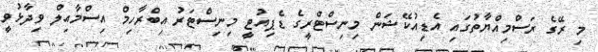
މި ރޭގެ ރަސްމިއްޔާތުގައި އެޑިއުކޭޝަން މިނިސްޓްރީގެ ޑެޕިއުޓީ މިނިސްޓަރު އިބްރާހިމް އިސްމާއިލް ވިދާޅުވީ